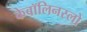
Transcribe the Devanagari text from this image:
केबॉलिनस्लो